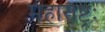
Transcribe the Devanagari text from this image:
महाराष्ट्रः